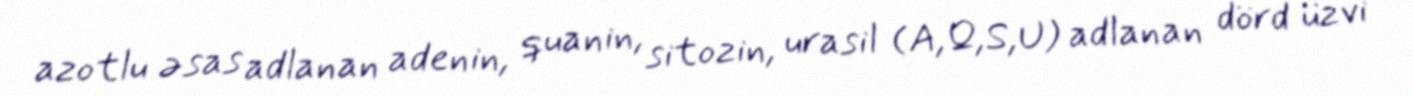
azotlu əsas adlanan adenin, quanin, sitozin, urasil (A,Q,S,U) adlanan dörd üzvi